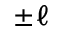
\pm \ell